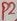
Text: P2